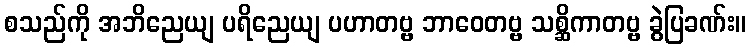
စသည်ကို အဘိညေယျ ပရိညေယျ ပဟာတဗ္ဗ ဘာဝေတဗ္ဗ သစ္ဆိကာတဗ္ဗ ခွဲပြခဏ်း။